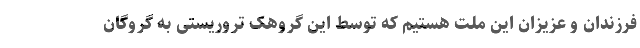
فرزندان و عزیزان این ملت هستیم که توسط این گروهک تروریستی به گروگان